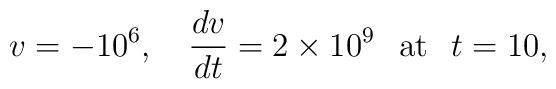
v=-10^{6},\quad \frac{dv}{dt}=2\times 10^9 \hspace{3mm}\textrm{at}\hspace{3mm}t=10,